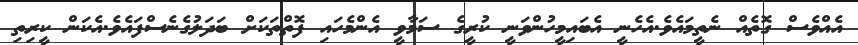
އެއްވެސް ގޮތެއް ނެތީމައެވެ.އެހެނީ އެބައިމީހުންވަނީ ކުރީގެ ސަމާވީ އެންމެހައި ފޮތްތަކަށް ބަދަލުގެނެސްފައެވެ.އެކަން ކީރިތި